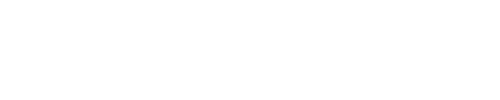
\